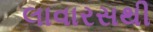
લાવારસથી